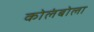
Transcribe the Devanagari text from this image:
कोलंबोला